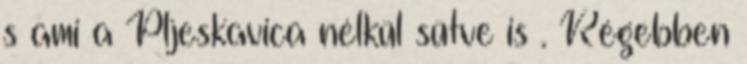
s ami a Pljeskavica nélkül sütve is . Régebben